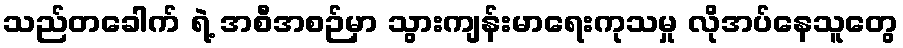
သည်တခေါက် ရဲ့ အစီအစဉ်မှာ သွားကျန်းမာရေးကုသမှု လိုအပ်နေသူတွေ